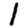
Digit: 1